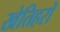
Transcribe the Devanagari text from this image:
खेतिहरों